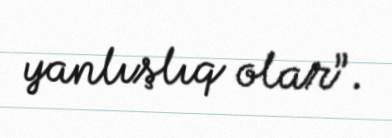
yanlışlıq olar”.